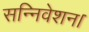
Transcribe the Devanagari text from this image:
सन्निवेशन।